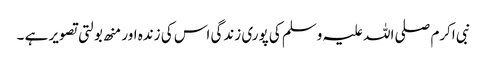
نبی اکرم صلی اللہ علیہ وسلم کی پوری زندگی اس کی زندہ اور منھ بولتی تصویر ہے ۔